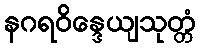
နဂရဝိန္ဒေယျသုတ္တံ